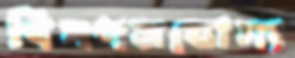
বিপণনযোগ্য